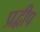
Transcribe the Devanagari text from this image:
प्रद्वीप